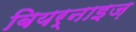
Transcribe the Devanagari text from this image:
बियर्नाइज़